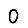
Digit: 0